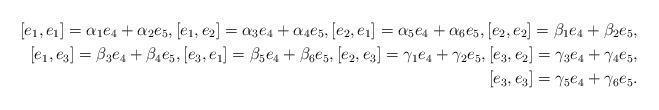
LaTeX: \begin{align*}[e_1, e_1]=\alpha_1e_4+\alpha_2e_5, [e_1, e_2]=\alpha_3e_4+ \alpha_4e_5, [e_2, e_1]=\alpha_5e_4+\alpha_6e_5, [e_2, e_2]=\beta_1e_4+\beta_2e_5, \\ [e_1, e_3]=\beta_3e_4+\beta_4e_5, [e_3, e_1]=\beta_5e_4+\beta_6e_5, [e_2, e_3]=\gamma_1e_4+\gamma_2e_5, [e_3, e_2]=\gamma_3e_4+\gamma_4e_5, \\ [e_3, e_3]=\gamma_5e_4+\gamma_6e_5.\end{align*}